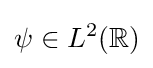
\psi \in L^{2}(\mathbb {R} )